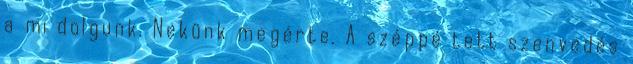
a mi dolgunk. Nekünk megérte. A széppé tett szenvedés